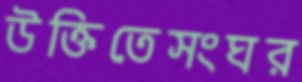
উক্তিতেসংঘর